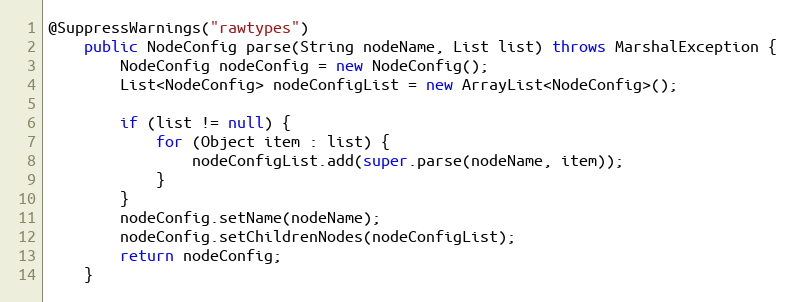
Language: Java
@SuppressWarnings("rawtypes")
	public NodeConfig parse(String nodeName, List list) throws MarshalException {
		NodeConfig nodeConfig = new NodeConfig();
		List<NodeConfig> nodeConfigList = new ArrayList<NodeConfig>();

		if (list != null) {
			for (Object item : list) {
				nodeConfigList.add(super.parse(nodeName, item));
			}
		}
		nodeConfig.setName(nodeName);
		nodeConfig.setChildrenNodes(nodeConfigList);
		return nodeConfig;
	}